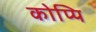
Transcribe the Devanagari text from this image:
कोप्पि